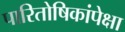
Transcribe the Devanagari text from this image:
पारितोषिकांपेक्षा